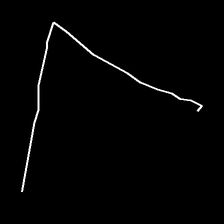
Glyph: region